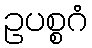
ဥပစ္စဂံ